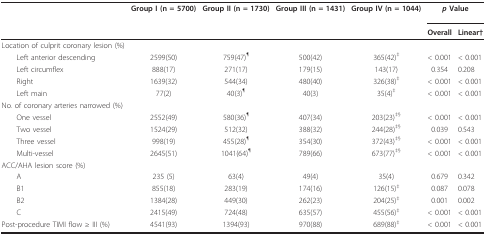
<table><thead><tr><td></td><td><b>Group I (n = 5700)</b></td><td><b>Group II (n = 1730)</b></td><td><b>Group III (n = 1431)</b></td><td><b>Group IV (n = 1044)</b></td><td colspan="2"><b><i>p </i>Value</b></td></tr><tr><td></td><td></td><td></td><td></td><td></td><td><b>Overall</b></td><td><b>Linear†</b></td></tr></thead><tbody><tr><td>Location of culprit coronary lesion (%)</td><td></td><td></td><td></td><td></td><td></td><td></td></tr><tr><td> Left anterior descending</td><td>2599(50)</td><td>759(47)<sup>¶</sup></td><td>500(42)</td><td>365(42)<sup>‡</sup></td><td>&lt; 0.001</td><td>&lt; 0.001</td></tr><tr><td> Left circumflex</td><td>888(17)</td><td>271(17)</td><td>179(15)</td><td>143(17)</td><td>0.354</td><td>0.208</td></tr><tr><td> Right</td><td>1639(32)</td><td>544(34)</td><td>480(40)</td><td>326(38)<sup>‡</sup></td><td>&lt; 0.001</td><td>&lt; 0.001</td></tr><tr><td> Left main</td><td>77(2)</td><td>40(3)<sup>¶</sup></td><td>40(3)</td><td>35(4)<sup>‡</sup></td><td>&lt; 0.001</td><td>&lt; 0.001</td></tr><tr><td>No. of coronary arteries narrowed (%)</td><td></td><td></td><td></td><td></td><td></td><td></td></tr><tr><td> One vessel</td><td>2552(49)</td><td>580(36)<sup>¶</sup></td><td>407(34)</td><td>203(23)<sup>‡§</sup></td><td>&lt; 0.001</td><td>&lt; 0.001</td></tr><tr><td> Two vessel</td><td>1524(29)</td><td>512(32)</td><td>388(32)</td><td>244(28)<sup>‡§</sup></td><td>0.039</td><td>0.543</td></tr><tr><td> Three vessel</td><td>998(19)</td><td>455(28)<sup>¶</sup></td><td>354(30)</td><td>372(43)<sup>‡§</sup></td><td>&lt; 0.001</td><td>&lt; 0.001</td></tr><tr><td> Multi-vessel</td><td>2645(51)</td><td>1041(64)<sup>¶</sup></td><td>789(66)</td><td>673(77)<sup>‡§</sup></td><td>&lt; 0.001</td><td>&lt; 0.001</td></tr><tr><td>ACC/AHA lesion score (%)</td><td></td><td></td><td></td><td></td><td></td><td></td></tr><tr><td> A</td><td>235 (5)</td><td>63(4)</td><td>49(4)</td><td>35(4)</td><td>0.679</td><td>0.342</td></tr><tr><td> B1</td><td>855(18)</td><td>283(19)</td><td>174(16)</td><td>126(15)<sup>‡</sup></td><td>0.087</td><td>0.078</td></tr><tr><td> B2</td><td>1384(28)</td><td>449(30)</td><td>262(23)</td><td>204(25)<sup>‡</sup></td><td>0.001</td><td>0.002</td></tr><tr><td> C</td><td>2415(49)</td><td>724(48)</td><td>635(57)</td><td>455(56)<sup>‡</sup></td><td>&lt; 0.001</td><td>&lt; 0.001</td></tr><tr><td>Post-procedure TIMI flow ≥ III (%)</td><td>4541(93)</td><td>1394(93)</td><td>970(88)</td><td>689(88)<sup>‡</sup></td><td>&lt; 0.001</td><td>&lt; 0.001</td></tr></tbody></table>